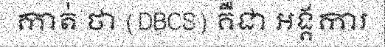
កាត់ ថា (DBCS) គឺជា អង្គការ